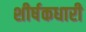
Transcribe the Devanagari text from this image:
शीर्षकधारी